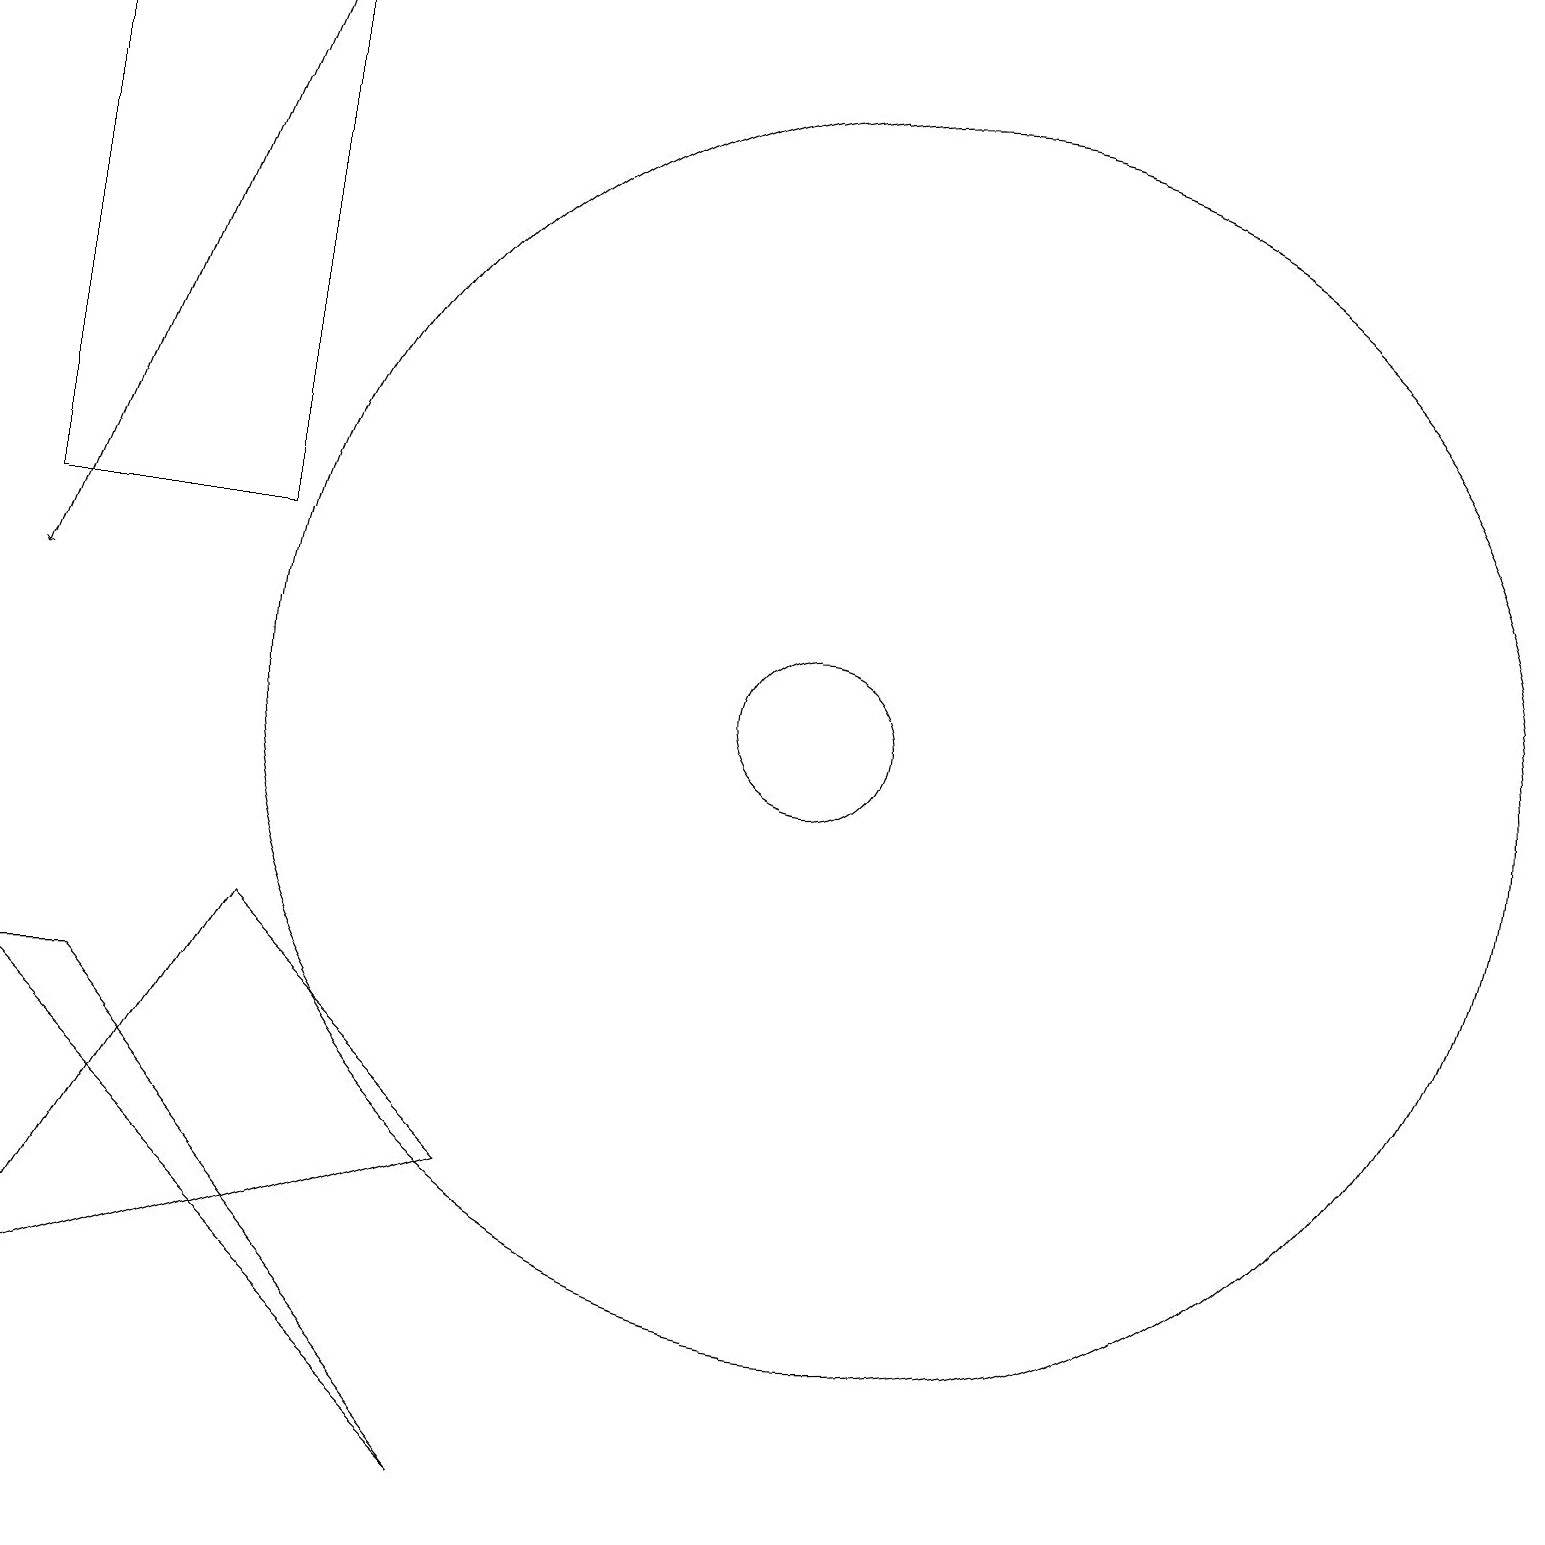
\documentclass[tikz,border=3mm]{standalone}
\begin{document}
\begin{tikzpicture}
\draw (3,7) -- (0,2) -- (6,4) -- cycle;
\draw (0,19) rectangle (3,12);
\draw (0,6) -- (1,6) -- (6,0) -- cycle;
\draw (11,10) circle (0);
\draw[->] (3,19) -- (0,11);
\draw (11,10) circle (8);
\draw (10,10) circle (1);
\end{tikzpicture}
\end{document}